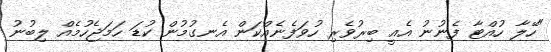
"ހޭލާ ހުއްޓާ ފެނުނު އެއީ ބިރުވެރި ހުވަފެނެއްކަން އެނގުމުން ކުޑަ ހަމަޖެހުމެއް ލިބުނު